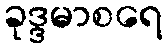
ခုဒ္ဒမာစရေ